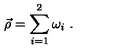
\vec { \rho } = \sum _ { i = 1 } ^ { 2 } \omega _ { i } \ .